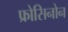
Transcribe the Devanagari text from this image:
फ्रोसिनोन